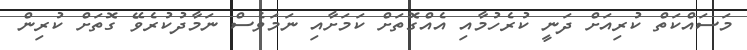
މަސައްކަތް ކުރިއަށް ދަނީ ކުރެހުމާއި އެއްގޮތަަށް ކަމަށާއި ނަމަވެސް ނަމާދުކުރެވޭ ގޮތަށް ކުރިން